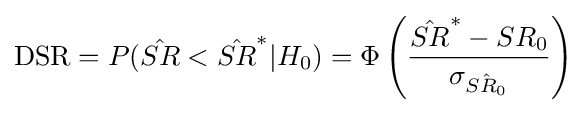
{\text{DSR}}=P({\hat {SR}}<{\hat {SR}}^{*}|H_{0})=\Phi \left({\frac {{\hat {SR}}^{*}-SR_{0}}{\sigma _{\hat {SR_{0}}}}}\right)